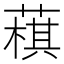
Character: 𦻊